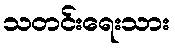
သတင်းရေးသား